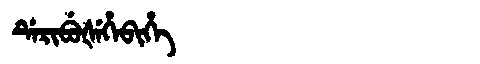
Manchu: ᡩᡝᡵᡳᠪᡠᡧᡝᡥᡝᠪᡳᡥᡝ
Romanization: DERIBUŠEHEBIHE